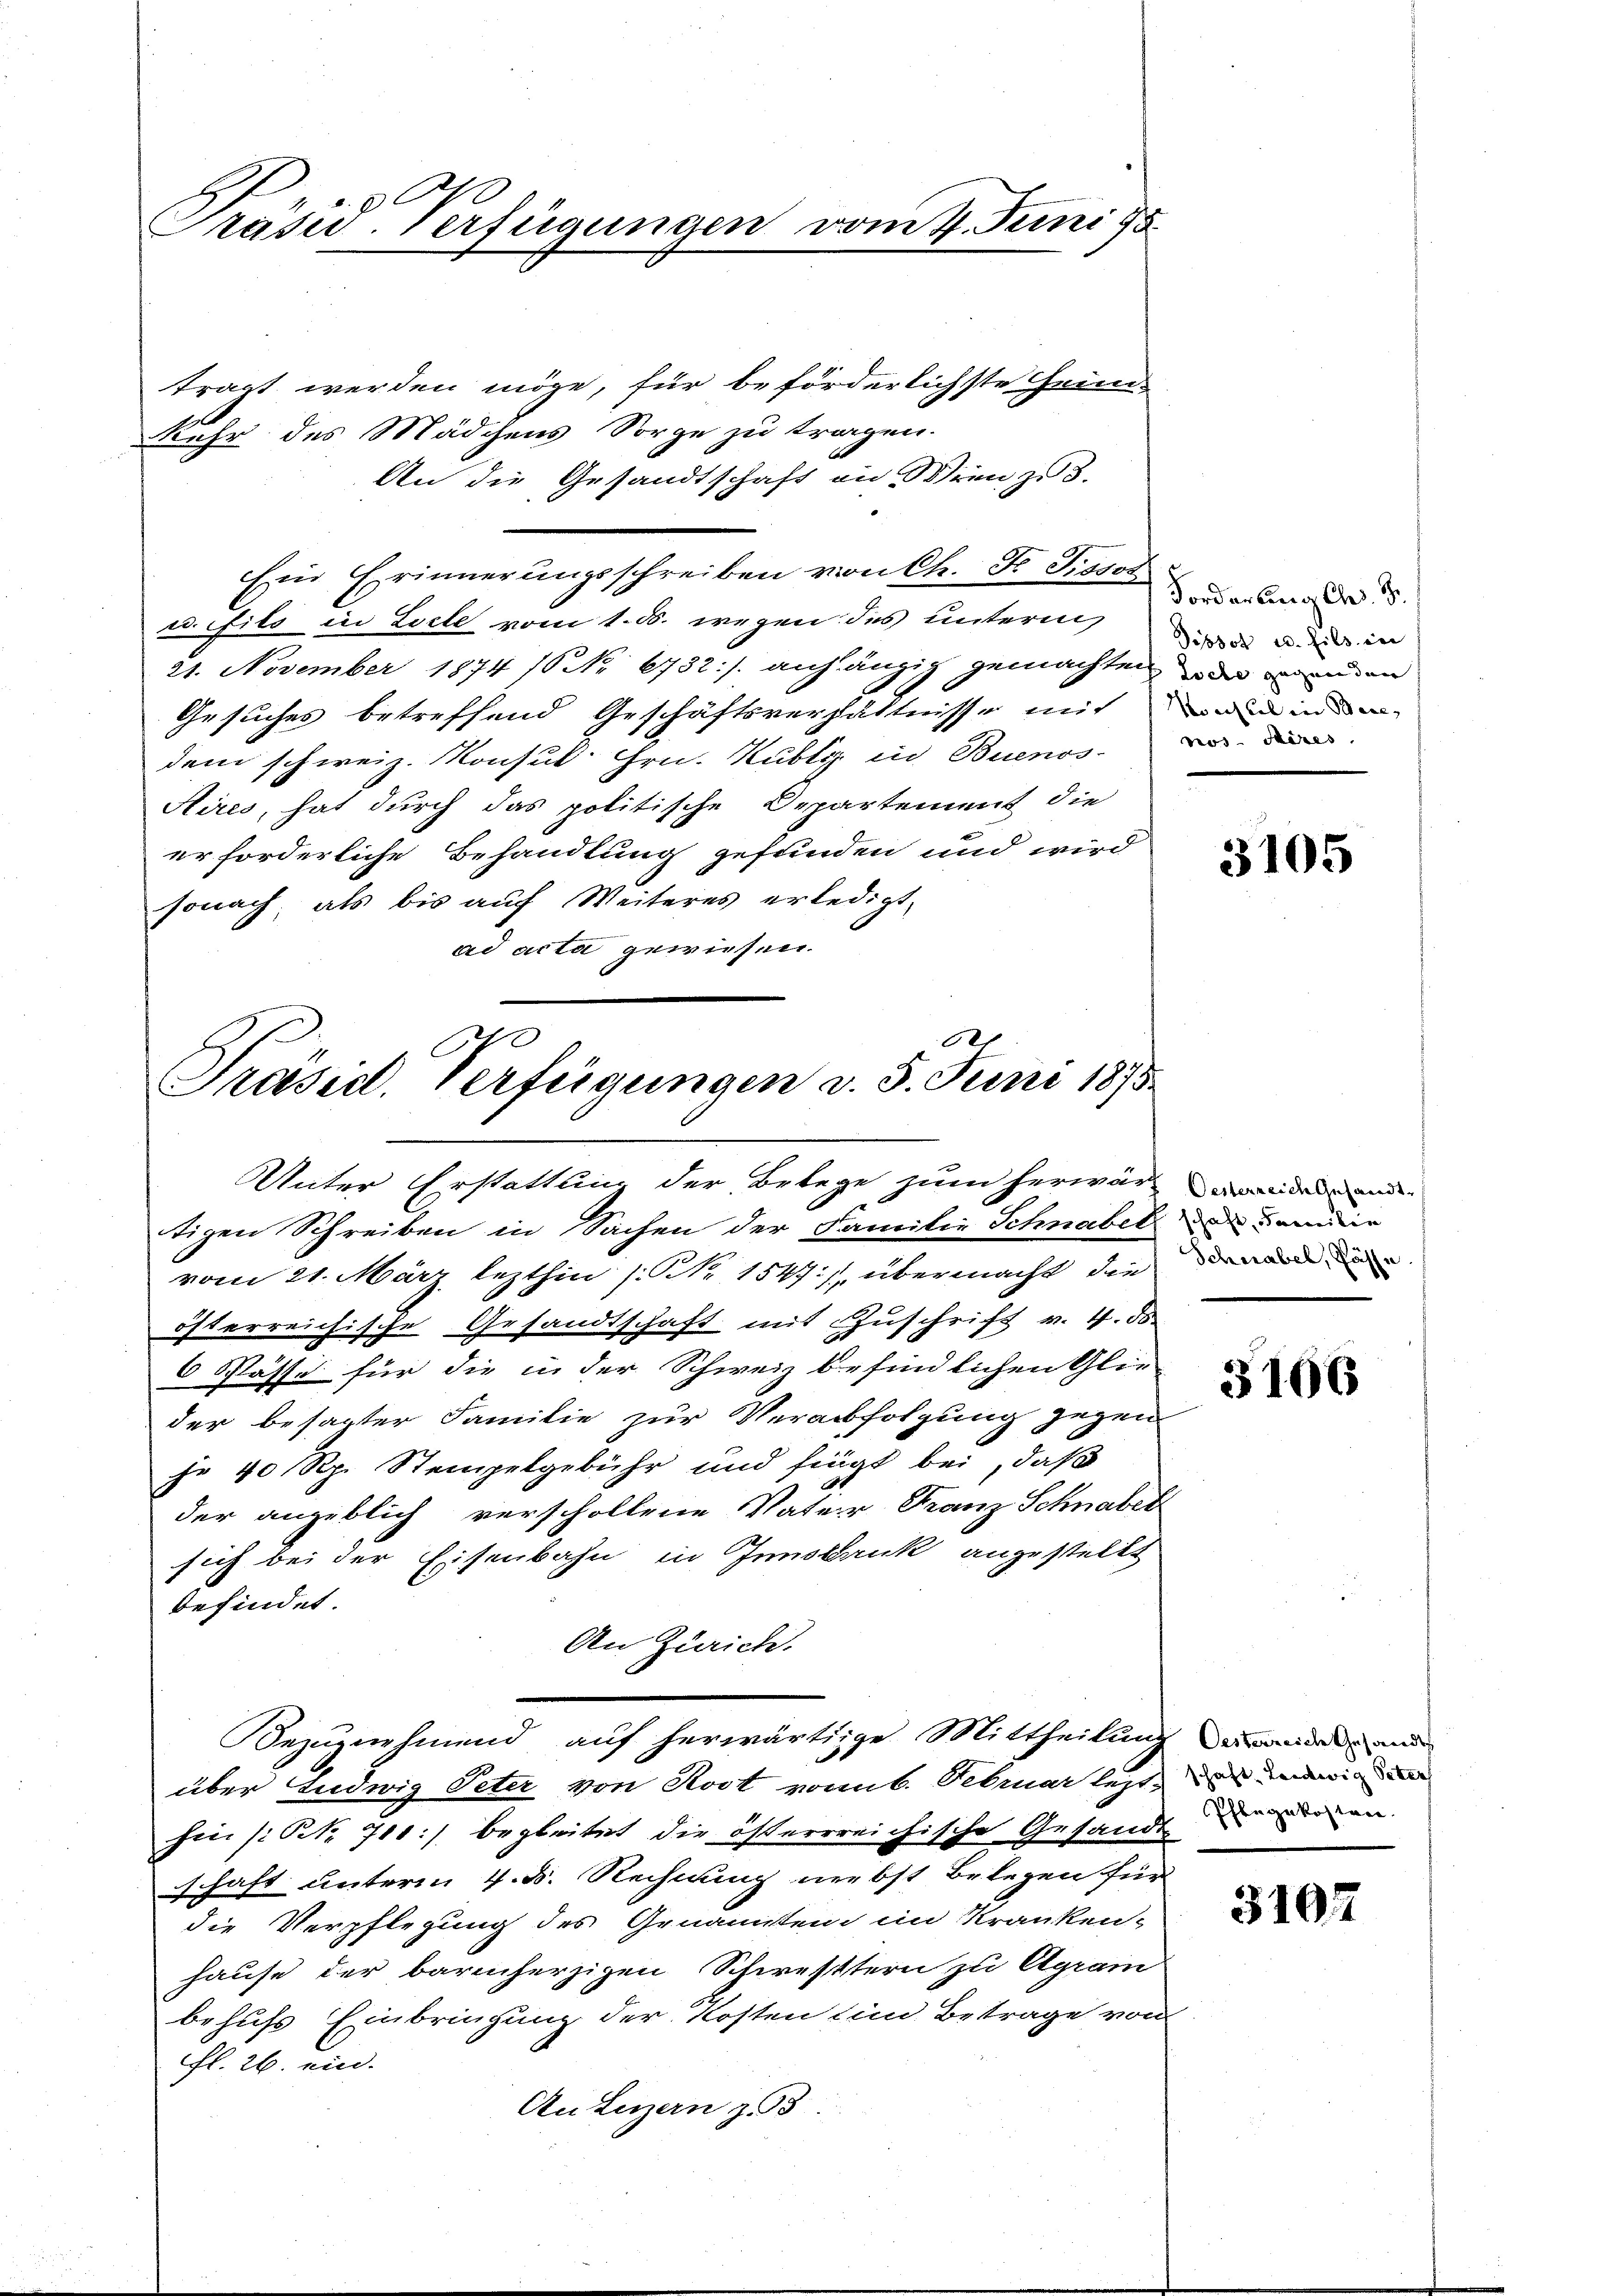
Präsid-Verfügungen vom 4. Juni 18

tragt werden möge, für beförderlichste Grund-
Kehr des Mädchens Sorge zu tragen.
An die Gesandtschaft in Wien zu 3.
Ein Erinnerungsschreiben von Ch. Fr. Sissot
u. fils in Loche vom 1. ds. wegen des unterm
21. November 1874 10 No 6732./. auf anzig gemachten der wenden
Gesuches betreffend Geschäftsverhältnisse mit
dem schweiz. Konsul Hrn. Kubli in Buenos-
Aires, hat durch das politische Departement die
er forderliche Behandlung gefunden und wird
sonach, als bis auf Weiteres erledigt,
ad acta gewiesen.

C
Präsid. Verfügungen v. 5. Juni 1875.
Unter Erstattung der Belege zum herwärmenden ande

tigen Schreiben in Sachen der Familie Schnabel
vom 21. März lezthin (Nr. 1547), übermacht, die
österreichische Gesandtschaft mit Zuschrift v. 4. ds
6 Pässe für die in der Schweiz befindlichen Glie
der besagter Familie zur Verabfolgung gegen
jr 40 Rp. Stempelgebühr und frägt bei, daß
der angeblich verschollene Vater Franz Schnabel
sich bei der Eisenbahn in Innsbank angestellt
befindet.
An Zürich.
Bezugnehmend, auf herwärtige Mittheilung der anden und
über Ludwig Peter von Rost vom 6. Februar lezthin (Prk. 710:) begleitet die österrreichische Gesandt
schaft unterm 4. d. Rechnung nebst Belegen für
die Verpflegung des Genannten im Kranken-
hause der barmherzigen Schwestern zu Agram
behufs Einbringung der Kosten in Betrage von
fl. 26. ein.
An Luzern z. 93

Forderlang Ch. S.
Pissot u. fils in
Koechsel in Bere, |
nos Aires.

3105

schaft, Familie
Schwabel, Käse

3106

schaft, Leidwig Peter
Pflegekosten.

3107